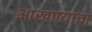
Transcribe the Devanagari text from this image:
आखण्याचा